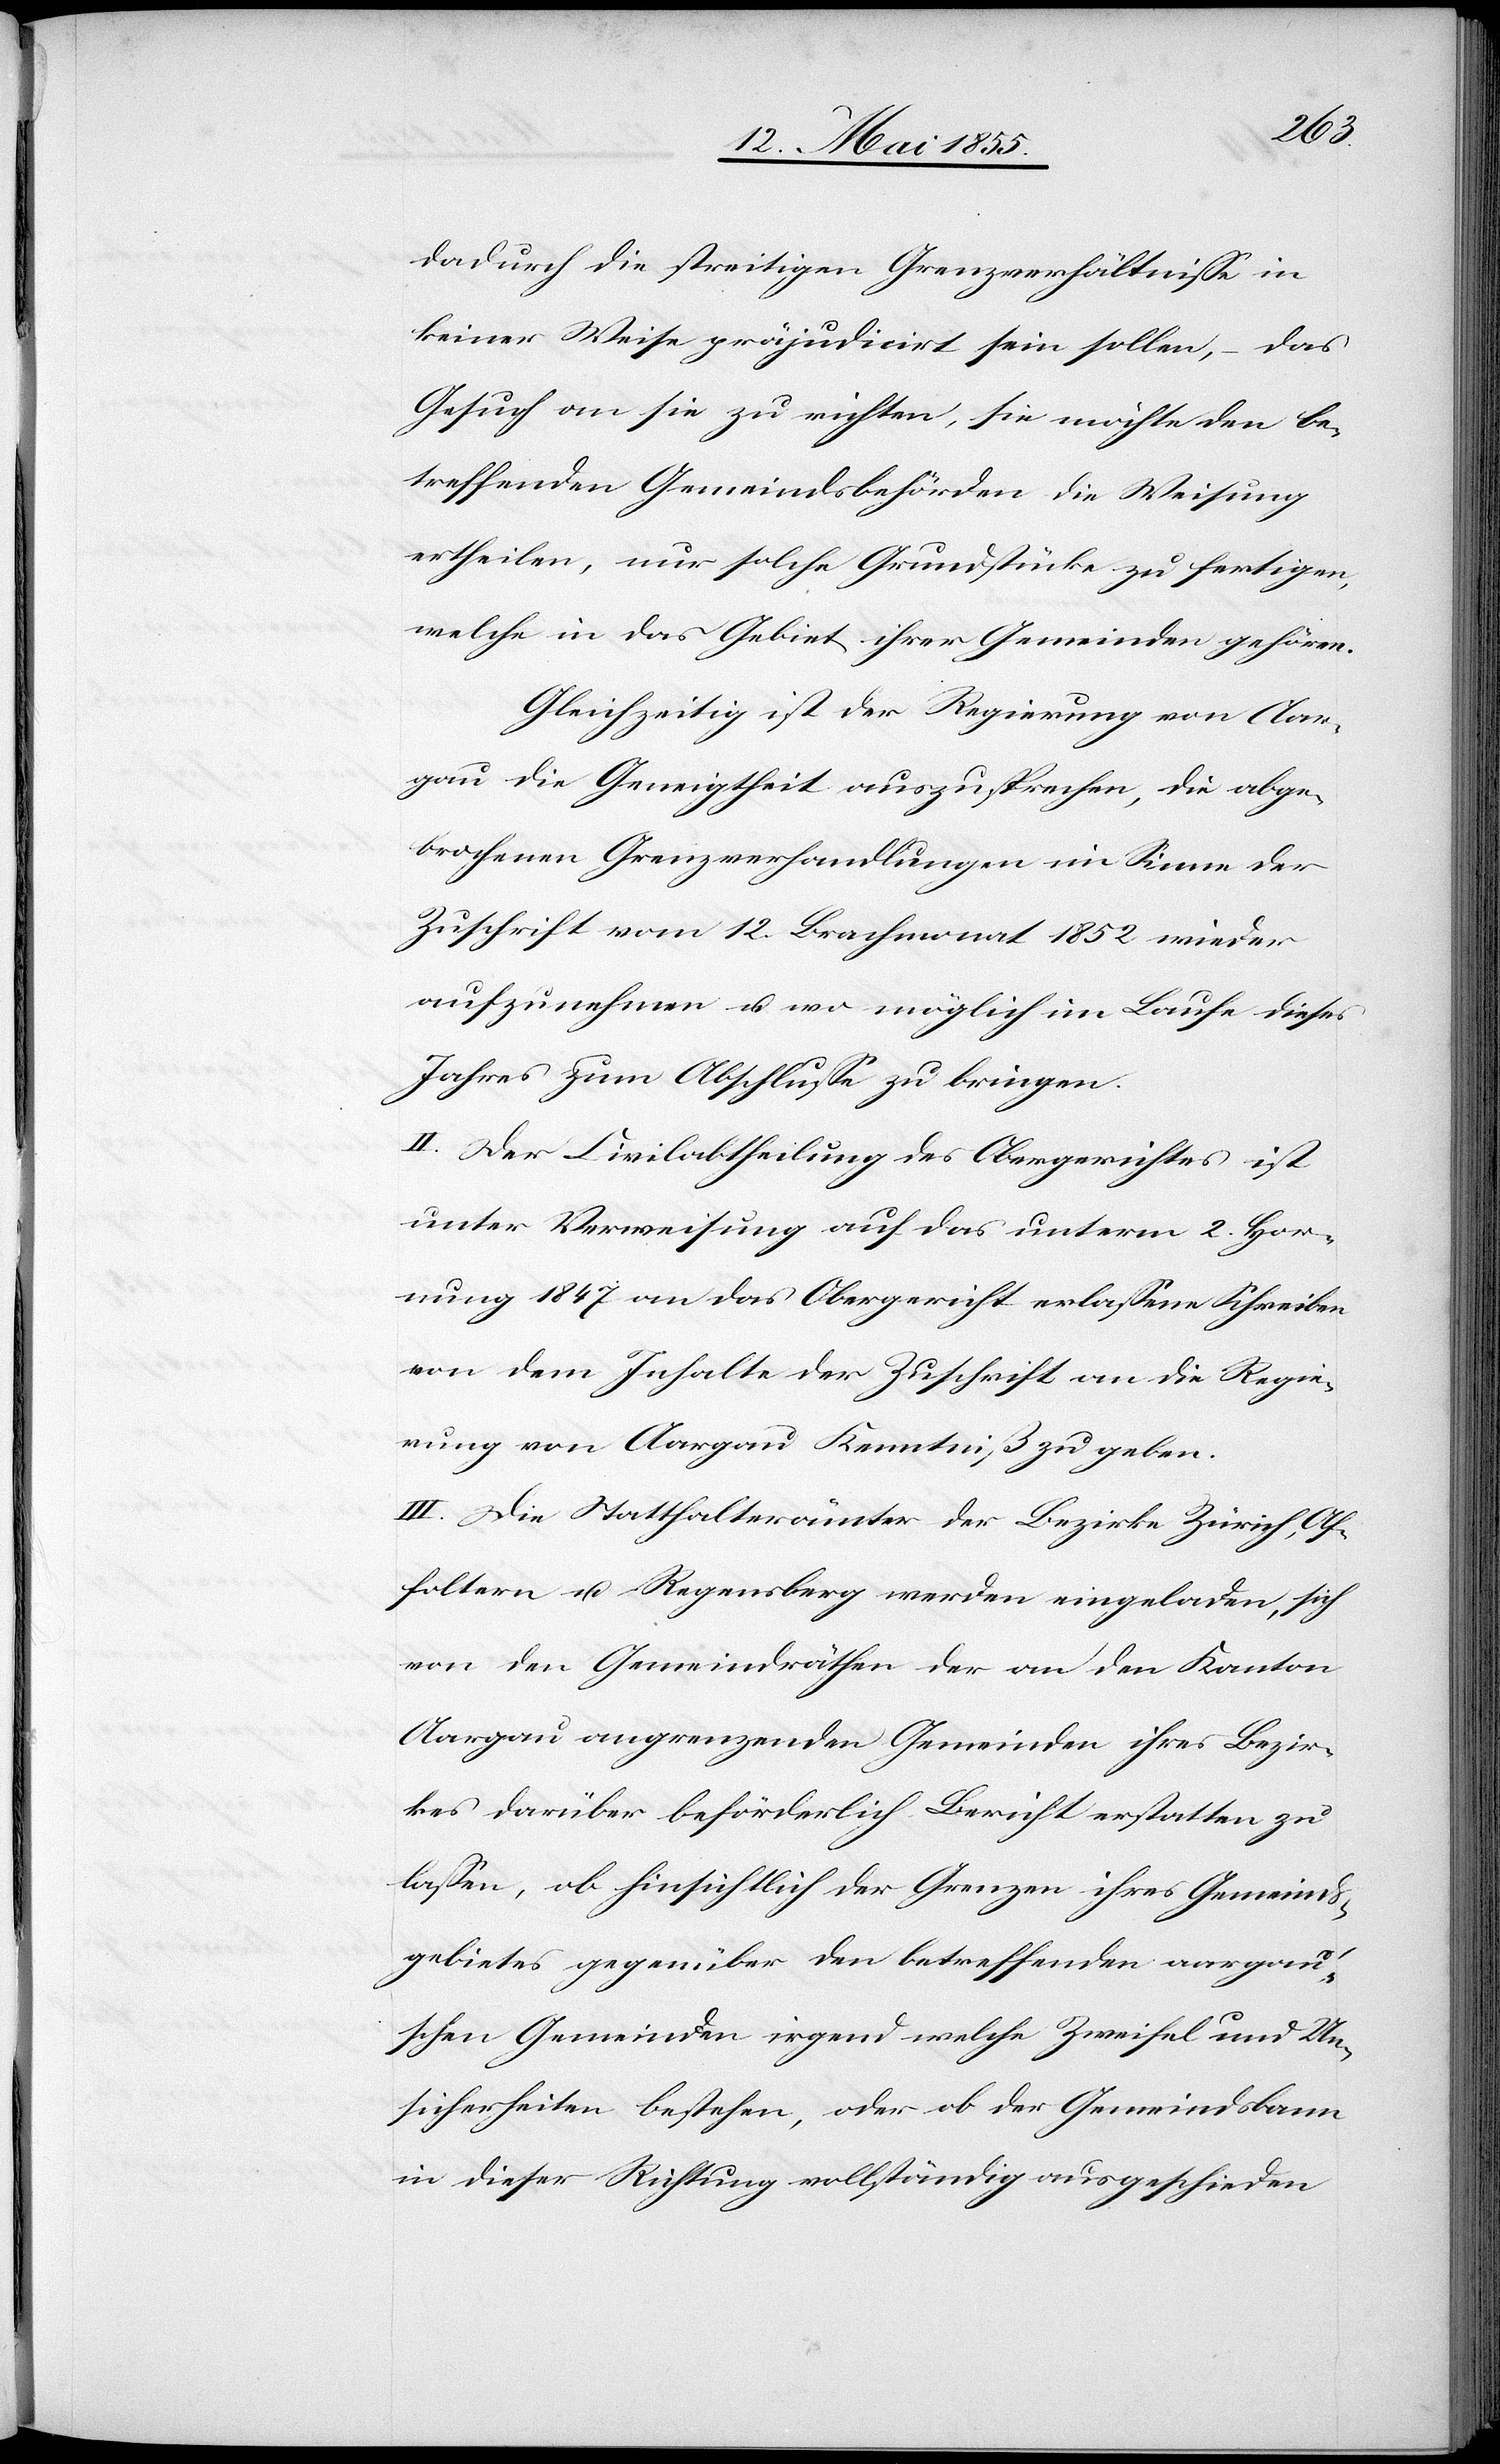
dadurch die streitigen Grenzverhältnisse in
keiner Weise präjudicirt sein sollen, – das
Gesuch an sie zu richten, sie möchte den be¬
treffenden Gemeindsbehörden die Weisung
ertheilen, nur solche Grundstücke zu fertigen,
welche in das Gebiet ihrer Gemeinden gehören.
Gleichzeitig ist der Regierung von Aar¬
gau die Geneigtheit auszusprechen, die abge¬
brochenen Grenzverhandlungen im Sinne der
Zuschrift vom 12. Brachmonat 1852 wieder
aufzunehmen u. wo möglich im Laufe dieses
Jahres zum Abschlusse zu bringen.
II. Der Civilabtheilung des Obergerichtes ist
unter Verweisung auf das unterm 2. Hor¬
nung 1847 an das Obergericht erlassene Schreiben
von dem Inhalte der Zuschrift an die Regie¬
rung von Aargau Kenntniß zu geben.
III. Die Statthalterämter der Bezirke Zürich, Af¬
foltern u. Regensberg werden eingeladen, sich
von den Gemeindräthen der an den Kanton
Aargau angrenzenden Gemeinden ihres Bezir¬
kes darüber beförderlich Bericht erstatten zu
lassen, ob hinsichtlich der Grenzen ihres Gemeinds¬
gebietes gegenüber den betreffenden aargau’s¬
chen Gemeinden irgend welche Zweifel und Un¬
sicherheiten bestehen, oder ob der Gemeindsbann
in dieser Richtung vollständig ausgeschieden